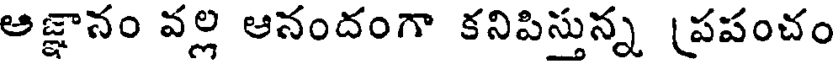
అజ్ఞానం వల్ల ఆనందంగా కనిపిస్తున్న (పపంచం